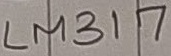
Text: LM317